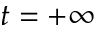
t = + \infty